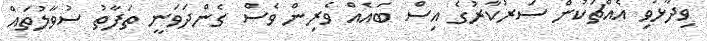
ވިދާޅުވި އެއްޗަކުން ސަރުކާރުގެ އިސް ބައެއް ވެރިން ވެސް ގެންދަވަނީ ތަފާތު ސުވާލުތައް